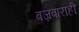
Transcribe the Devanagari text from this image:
बज्रबाराही